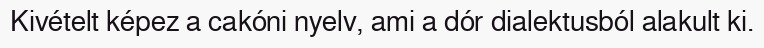
Kivételt képez a cakóni nyelv, ami a dór dialektusból alakult ki.